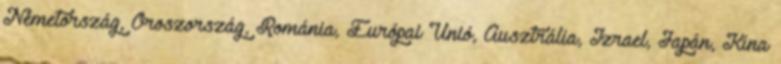
Németország, Oroszország, Románia, Európai Unió, Ausztrália, Izrael, Japán, Kína